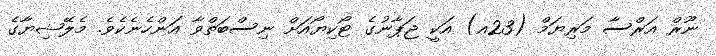
ނޫރް އަރްސާ މަރިޔަމް (23އ) އަކީ ޖަޕާނުގެ ޓޯކިޔޯއަށް ނިސްބަތްވާ އަންހެނެކެވެ. މެލޭޝިޔާގެ